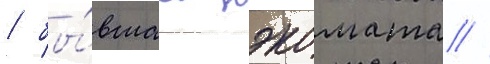
/ бы́вшаа нэкомата //